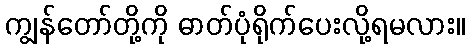
ကျွန်တော်တို့ကို ဓာတ်ပုံရိုက်ပေးလို့ရမလား။